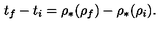
t _ { f } - t _ { i } = \rho _ { * } ( \rho _ { f } ) - \rho _ { * } ( \rho _ { i } ) .